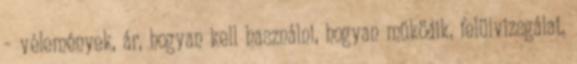
– vélemények, ár, hogyan kell használni, hogyan működik, felülvizsgálat,